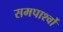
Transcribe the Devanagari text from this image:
समपार्श्वो